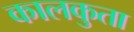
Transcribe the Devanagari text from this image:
कालकुता